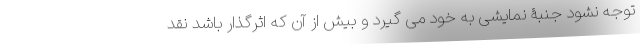
توجه نشود جنبۀ نمایشی به خود می گیرد و بیش از آن که اثرگذار باشد نقد